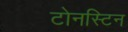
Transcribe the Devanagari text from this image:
टोनस्टिन